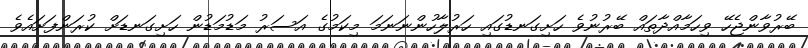
ބޭރުވާންޖެހޭ ވިހަމާއްދާތައް ބޭރުނުވެ ހަށިގަނޑުގައި ހަރުލާހުންނަނަމަ މިކަމުގެ އަސަރު މަޑުމަޑުން ހަށިގަނޑަށް ކުރަންފަށައެވެ